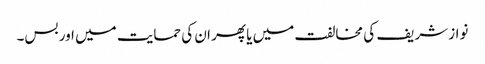
نواز شریف کی مخالفت میں یا پھر ان کی حمایت میں اور بس۔